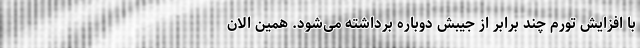
با افزایش تورم چند برابر از جیبش دوباره برداشته می‌شود. همین الان